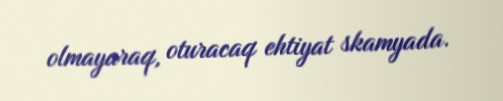
olmayaraq, oturacaq ehtiyat skamyada.